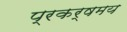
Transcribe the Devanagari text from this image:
प्रकर्षमय